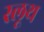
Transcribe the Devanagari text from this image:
स्लूथ